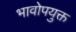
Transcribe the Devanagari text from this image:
भावोपयुक्त